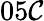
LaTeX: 05\mathcal{C}